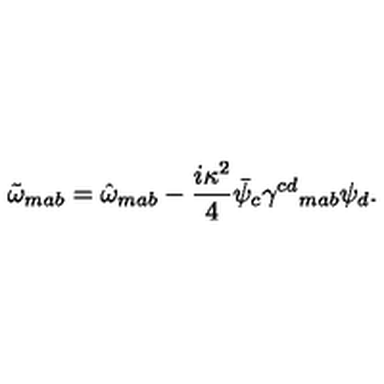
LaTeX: \tilde { \omega } _ { m a b } = \hat { \omega } _ { m a b } - \frac { i \kappa ^ { 2 } } { 4 } \bar { \psi } _ { c } \gamma ^ { c d } { } _ { m a b } \psi _ { d } .